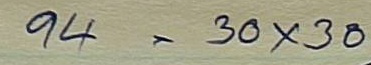
94 = 30 x 30